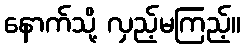
နောက်သို့ လှည့်မကြည့်။